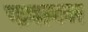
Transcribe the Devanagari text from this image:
पावल्यवर